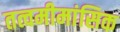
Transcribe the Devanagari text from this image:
तत्वमीमांसिक